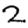
Digit: 2